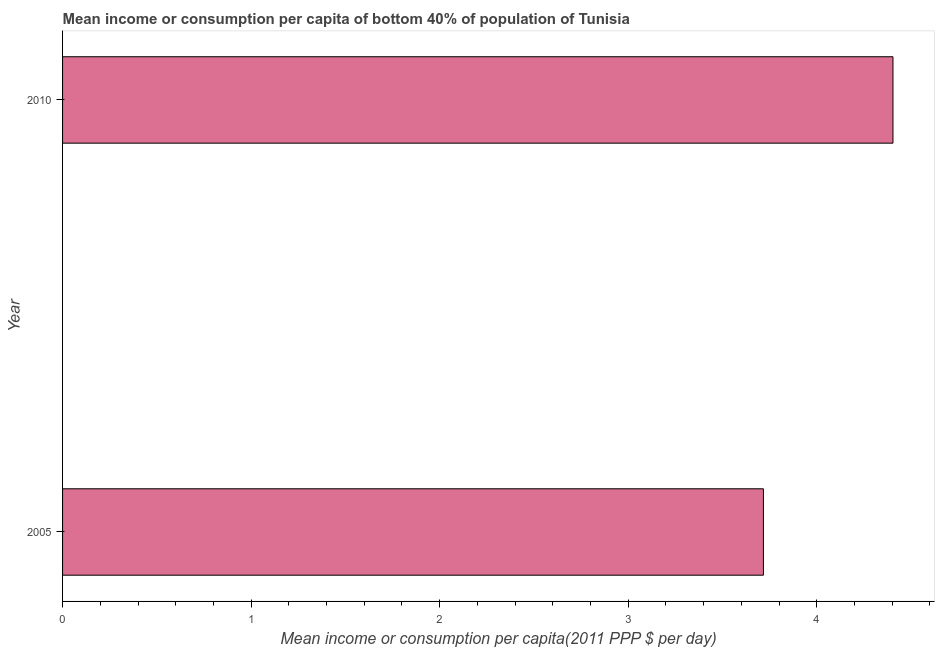
| Year | Bottom 40percent |
 | --- | --- |
 | 2005 | 3.72 |
 | 2010 | 4.4 |